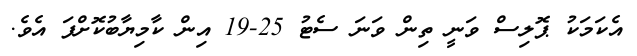
އެކަމަކު ޕޮލިސް ވަނީ ތިން ވަނަ ސެޓު 25-19 އިން ކާމިޔާބުކޮށްފަ އެވެ.